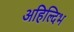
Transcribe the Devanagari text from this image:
अहिल्दिभ